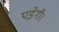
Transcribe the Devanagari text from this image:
पडे़गी।